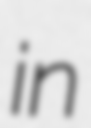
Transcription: in